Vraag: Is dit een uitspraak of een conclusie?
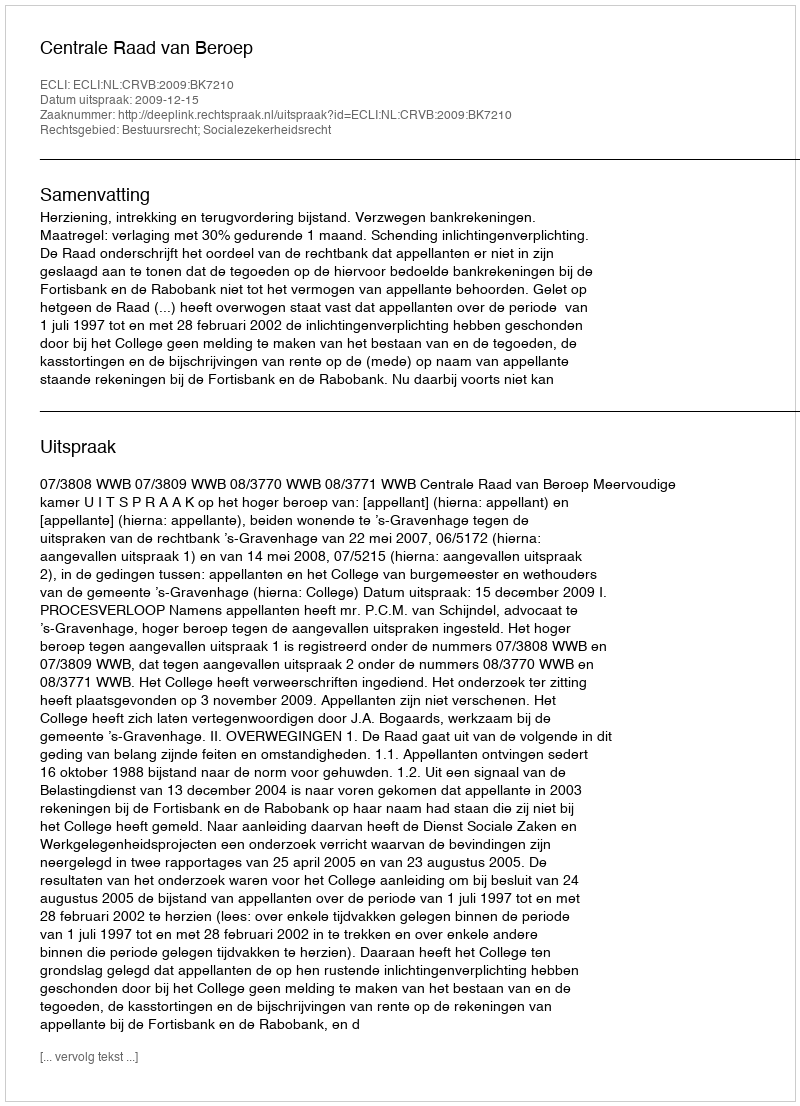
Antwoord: Uitspraak